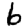
Digit: 6